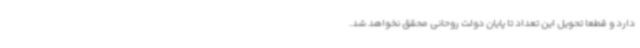
دارد و قطعاً تحویل این تعداد تا پایان دولت روحانی محقق نخواهد شد.